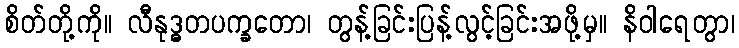
စိတ်တို့ကို။ လီနုဒ္ဓတပက္ခတော၊ တွန့်ခြင်းပြန့်လွင့်ခြင်းအဖို့မှ။ နိဝါရေတွာ၊